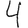
Digit: 4